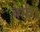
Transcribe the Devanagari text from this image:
बर्फ।